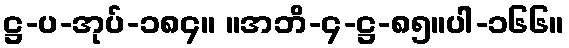
ဋ္ဌ-ပ-အုပ်-၁၈၄။ ။အဘိ-၄-ဋ္ဌ-၈၅။ပါ-၁၆၆။